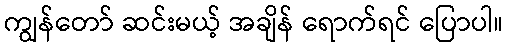
ကျွန်တော် ဆင်းမယ့် အချိန် ရောက်ရင် ပြောပါ။